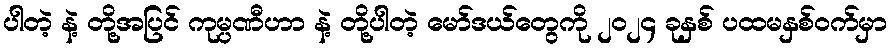
ပါတဲ့ နဲ့ တို့အပြင် ကုမ္ပဏီဟာ နဲ့ တို့ပါတဲ့ မော်ဒယ်တွေကို ၂၀၂၄ ခုနှစ် ပထမနှစ်ဝက်မှာ